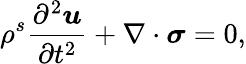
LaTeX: \rho^{s}\frac{\partial^{2}\boldsymbol{u}}{\partial t^{2}}+\nabla\cdot\boldsymbol{\sigma}=0,